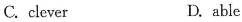
C. clever D. abie